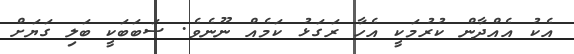
އެކު އެއްދާން ކުރުމަކީ އެހާ ރަގަޅު ކަމެއް ނޫނެވެ. ސަބަބަކީ ބަލި ގަޔަށް